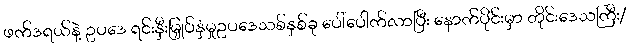
ဖက်ဒရယ်နဲ့ ဥပဒေ ရင်းနှီးမြှုပ်နှံမှုဥပဒေသစ်နှစ်ခု ပေါ်ပေါက်လာပြီး နောက်ပိုင်းမှာ တိုင်းဒေသကြီး/